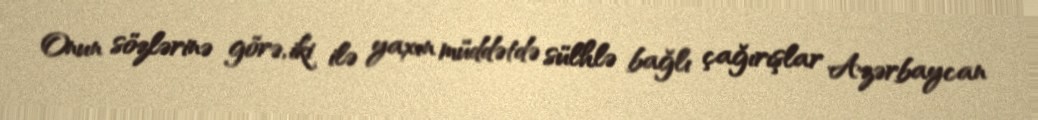
Onun sözlərinə görə, iki ilə yaxın müddətdə sülhlə bağlı çağırışlar Azərbaycan